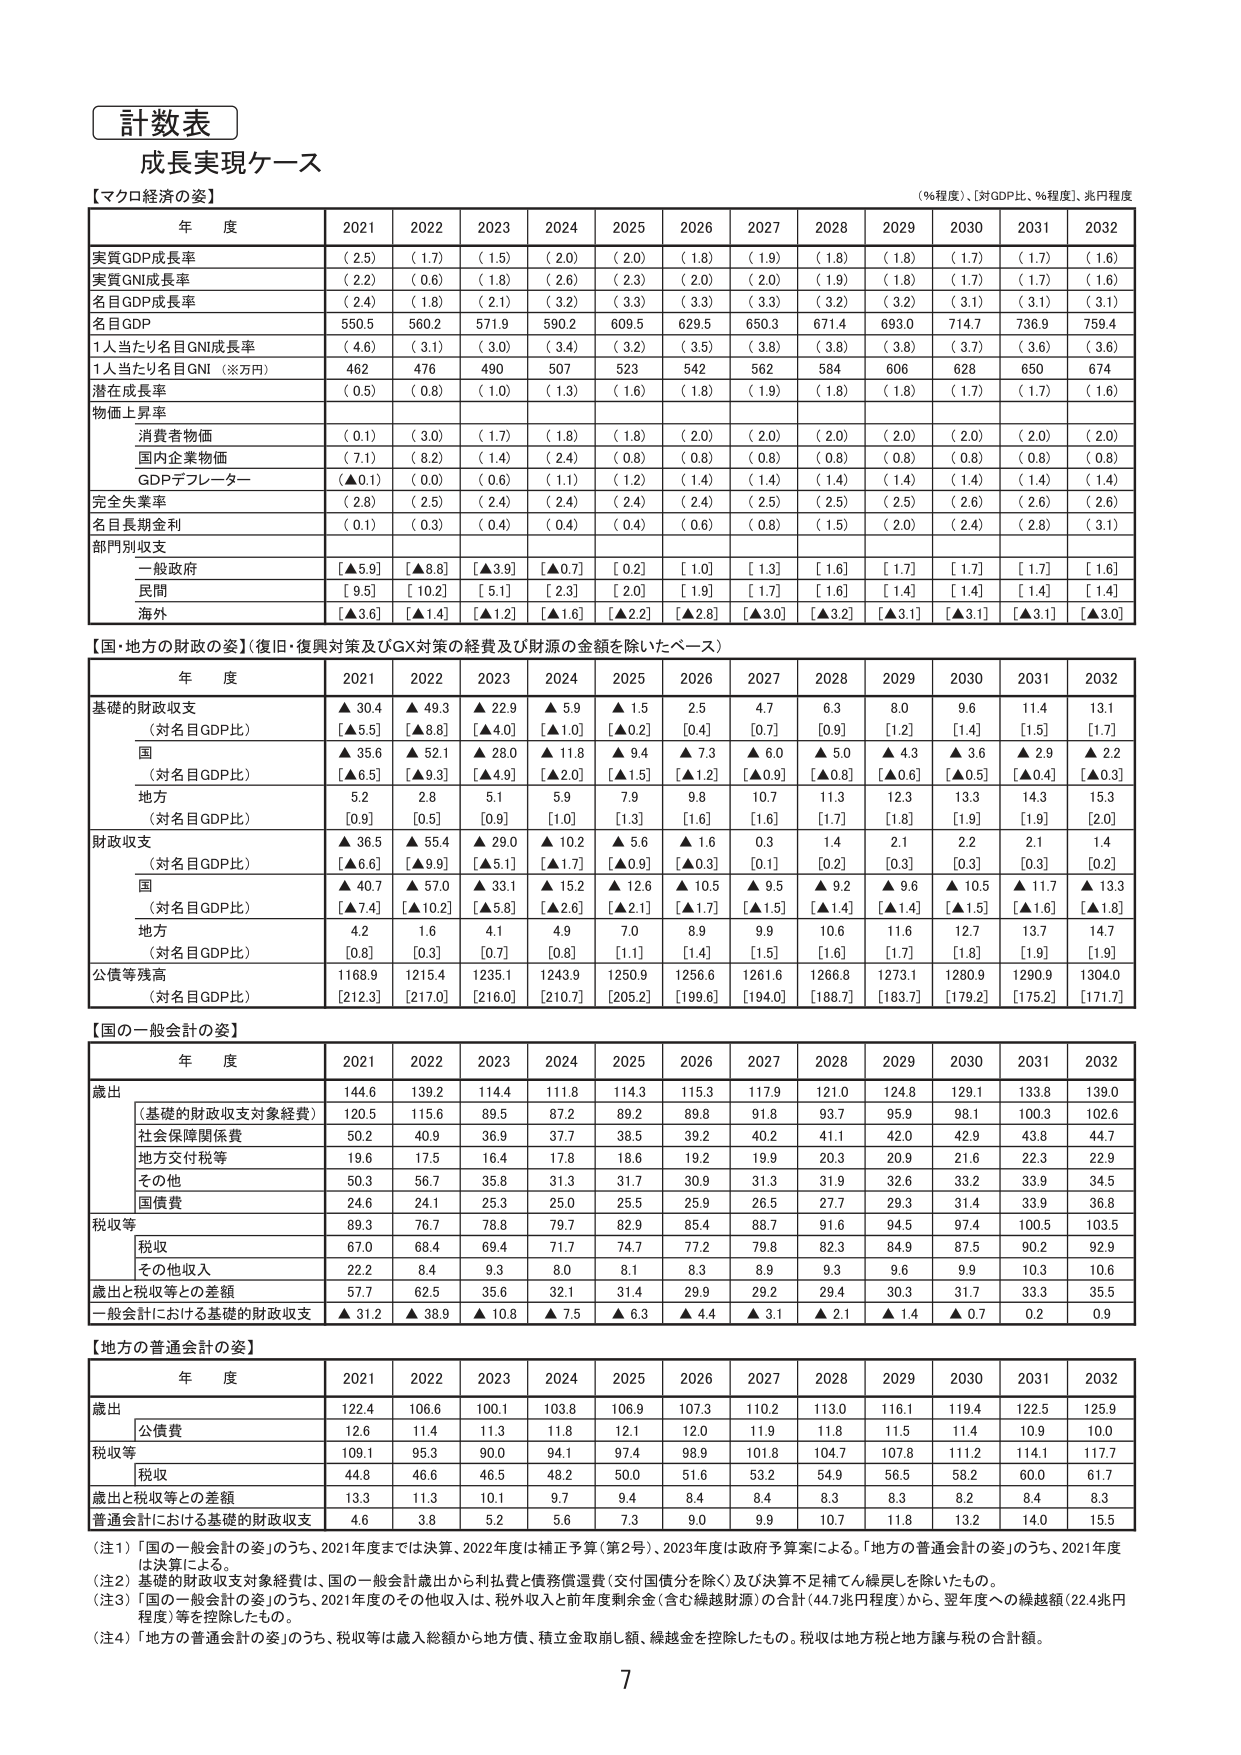
計数表
成長実現ケース
【マクロ経済の姿】
（％程度）、［対GDP比、％程度］、兆円程度

年 度 2021 2022 2023 2024 2025 2026 2027 2028 2029 2030 2031 2032
実質GDP成長率 （2.5） （1.7） （1.5） （2.0） （2.0） （1.8） （1.9） （1.8） （1.8） （1.7） （1.7） （1.6）
実質GNI成長率 （2.2） （0.6） （1.8） （2.6） （2.3） （2.0） （2.0） （1.9） （1.8） （1.7） （1.7） （1.6）
名目GDP成長率 （2.4） （1.8） （2.1） （3.2） （3.3） （3.3） （3.3） （3.2） （3.2） （3.1） （3.1） （3.1）
名目GDP 550.5 560.2 571.9 590.2 609.5 629.5 650.3 671.4 693.0 714.7 736.9 759.4
1人当たり名目GNI成長率 （4.6） （3.1） （3.0） （3.4） （3.2） （3.5） （3.8） （3.8） （3.8） （3.7） （3.6） （3.6）
1人当たり名目GNI（※万円） 462 476 490 507 523 542 562 584 606 628 650 674
潜在成長率 （0.5） （0.8） （1.0） （1.3） （1.6） （1.8） （1.9） （1.8） （1.8） （1.7） （1.7） （1.6）
物価上昇率
　消費者物価 （0.1） （3.0） （1.7） （1.8） （1.8） （2.0） （2.0） （2.0） （2.0） （2.0） （2.0） （2.0）
　国内企業物価 （7.1） （8.2） （1.4） （2.4） （0.8） （0.8） （0.8） （0.8） （0.8） （0.8） （0.8） （0.8）
　GDPデフレーター （▲0.1） （0.0） （0.6） （1.1） （1.2） （1.4） （1.4） （1.4） （1.4） （1.4） （1.4） （1.4）
完全失業率 （2.8） （2.5） （2.4） （2.4） （2.4） （2.4） （2.5） （2.5） （2.5） （2.6） （2.6） （2.6）
名目長期金利 （0.1） （0.3） （0.4） （0.4） （0.4） （0.6） （0.8） （1.5） （2.0） （2.4） （2.8） （3.1）
部門別収支
　一般政府 [▲5.9] [▲8.8] [▲3.9] [▲0.7] [0.2] [1.0] [1.3] [1.6] [1.7] [1.7] [1.7] [1.6]
　民間 [9.5] [10.2] [5.1] [2.3] [2.0] [1.9] [1.7] [1.6] [1.4] [1.4] [1.4] [1.4]
　海外 [▲3.6] [▲1.4] [▲1.2] [▲1.6] [▲2.2] [▲2.8] [▲3.0] [▲3.2] [▲3.1] [▲3.1] [▲3.1] [▲3.0]

【国・地方の財政の姿】（復旧・復興対策及びGX対策の経費及び財源の金額を除いたベース）
年 度 2021 2022 2023 2024 2025 2026 2027 2028 2029 2030 2031 2032
基礎的財政収支 ▲30.4 ▲49.3 ▲22.9 ▲5.9 ▲1.5 2.5 4.7 6.3 8.0 9.6 11.4 13.1
　（対名目GDP比） [▲5.5] [▲8.8] [▲4.0] [▲1.0] [▲0.2] [0.4] [0.7] [0.9] [1.2] [1.4] [1.5] [1.7]
　国 ▲35.6 ▲52.1 ▲28.0 ▲11.8 ▲9.4 ▲7.3 ▲6.0 ▲5.0 ▲4.3 ▲3.6 ▲2.9 ▲2.2
　　（対名目GDP比） [▲6.5] [▲9.3] [▲4.9] [▲2.0] [▲1.5] [▲1.2] [▲0.9] [▲0.8] [▲0.6] [▲0.5] [▲0.4] [▲0.3]
　地方 5.2 2.8 5.1 5.9 7.9 9.8 10.7 11.3 12.3 13.3 14.3 15.3
　　（対名目GDP比） [0.9] [0.5] [0.9] [1.0] [1.3] [1.6] [1.6] [1.7] [1.8] [1.9] [1.9] [2.0]
財政収支 ▲36.5 ▲55.4 ▲29.0 ▲10.2 ▲5.6 ▲1.6 0.3 1.4 2.1 2.2 2.1 1.4
　（対名目GDP比） [▲6.6] [▲9.9] [▲5.1] [▲1.7] [▲0.9] [▲0.3] [0.1] [0.2] [0.3] [0.3] [0.3] [0.2]
　国 ▲40.7 ▲57.0 ▲33.1 ▲15.2 ▲12.6 ▲10.5 ▲9.5 ▲9.2 ▲9.6 ▲10.5 ▲11.7 ▲13.3
　　（対名目GDP比） [▲7.4] [▲10.2] [▲5.8] [▲2.6] [▲2.1] [▲1.7] [▲1.5] [▲1.4] [▲1.4] [▲1.5] [▲1.6] [▲1.8]
　地方 4.2 1.6 4.1 4.9 7.0 8.9 9.9 10.6 11.6 12.7 13.7 14.7
　　（対名目GDP比） [0.8] [0.3] [0.7] [0.8] [1.1] [1.4] [1.5] [1.6] [1.7] [1.8] [1.9] [1.9]
公債等残高 1168.9 1215.4 1235.1 1243.9 1250.9 1256.6 1261.6 1266.8 1273.1 1280.9 1290.9 1304.0
　（対名目GDP比） [212.3] [217.0] [216.0] [210.7] [205.2] [199.6] [194.0] [188.7] [183.7] [179.2] [175.2] [171.7]

【国の一般会計の姿】
年 度 2021 2022 2023 2024 2025 2026 2027 2028 2029 2030 2031 2032
歳出 144.6 139.2 114.4 111.8 114.3 115.3 117.9 121.0 124.8 129.1 133.8 139.0
　（基礎的財政収支対象経費） 120.5 115.6 89.5 87.2 89.2 89.8 91.8 93.7 95.9 98.1 100.3 102.6
　社会保障関係費 50.2 40.9 36.9 37.7 38.5 39.2 40.2 41.1 42.0 42.9 43.8 44.7
　地方交付税等 19.6 17.5 16.4 17.8 18.6 19.2 19.9 20.3 20.9 21.6 22.3 22.9
　その他 50.3 56.7 35.8 31.3 31.7 30.9 31.3 31.9 32.6 33.2 33.9 34.5
　国債費 24.6 24.1 25.3 25.0 25.5 25.9 26.5 27.7 29.3 31.4 33.9 36.8
税収等 89.3 76.7 78.8 79.7 82.9 85.4 88.7 91.6 94.5 97.4 100.5 103.5
　税収 67.0 68.4 69.4 71.7 74.7 77.2 79.8 82.3 84.9 87.5 90.2 92.9
　その他収入 22.2 8.4 9.3 8.0 8.1 8.3 8.9 9.3 9.6 9.9 10.3 10.6
歳出と税収等との差額 57.7 62.5 35.6 32.1 31.4 29.9 29.2 29.4 30.3 31.7 33.3 35.5
一般会計における基礎的財政収支 ▲31.2 ▲38.9 ▲10.8 ▲7.5 ▲6.3 ▲4.4 ▲3.1 ▲2.1 ▲1.4 ▲0.7 0.2 0.9

【地方の普通会計の姿】
年 度 2021 2022 2023 2024 2025 2026 2027 2028 2029 2030 2031 2032
歳出 122.4 106.6 100.1 103.8 106.9 107.3 110.2 113.0 116.1 119.4 122.5 125.9
　公債費 12.6 11.4 11.3 11.8 12.1 12.0 11.9 11.8 11.5 11.4 10.9 10.0
税収等 109.1 95.3 90.0 94.1 97.4 98.9 101.8 104.7 107.8 111.2 114.1 117.7
　税収 44.8 46.6 46.5 48.2 50.0 51.6 53.2 54.9 56.5 58.2 60.0 61.7
歳出と税収等との差額 13.3 11.3 10.1 9.7 9.4 8.4 8.4 8.3 8.3 8.2 8.4 8.3
普通会計における基礎的財政収支 4.6 3.8 5.2 5.6 7.3 9.0 9.9 10.7 11.8 13.2 14.0 15.5

（注1）「国の一般会計の姿」のうち、2021年度までは決算、2022年度は補正予算（第2号）、2023年度は政府予算案による。「地方の普通会計の姿」のうち、2021年度は決算による。
（注2）基礎的財政収支対象経費は、国の一般会計歳出から利払費と債務償還費（交付国債分を除く）及び決算不足補てん繰戻しを除いたもの。
（注3）「国の一般会計の姿」のうち、2021年度のその他収入は、税外収入と前年度剰余金（含む繰越財源）の合計（44.7兆円程度）から、翌年度への繰越額（22.4兆円程度）等を控除したもの。
（注4）「地方の普通会計の姿」のうち、税収等は歳入総額から地方債、積立金取崩し額、繰越金を控除したもの。税収は地方税と地方譲与税の合計額。

7